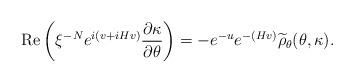
LaTeX: \begin{align*}{\rm Re}\left(\xi^{-N} e^{ i (v+i Hv)} \frac{\partial\kappa}{\partial\theta}\right) = -e^{-u}e^{-(Hv)}\widetilde{\rho}_{\theta}(\theta, \kappa).\end{align*}